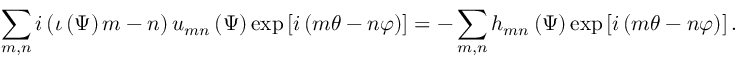
\sum _ { m , n } i \left( \iota \left( \Psi \right) m - n \right) u _ { m n } \left( \Psi \right) \exp \left[ i \left( m \theta - n \varphi \right) \right] = - \sum _ { m , n } h _ { m n } \left( \Psi \right) \exp \left[ i \left( m \theta - n \varphi \right) \right] .